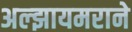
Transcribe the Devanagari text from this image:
अल्झायमराने